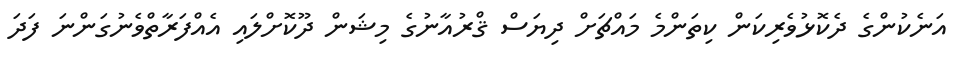
އަނެކުންގެ ދެކޮޅުވެރިކަން ކިތަންމެ މައްޗަށް ދިޔަސް ޤްރުއާނުގެ މިޝަން ދޫކޮށްލައި އެއްފަރާތްވެނުގަންނަ ފަދަ